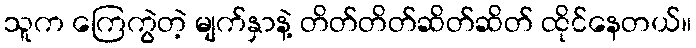
သူက ကြေကွဲတဲ့ မျက်နှာနဲ့ တိတ်တိတ်ဆိတ်ဆိတ် ထိုင်နေတယ်။